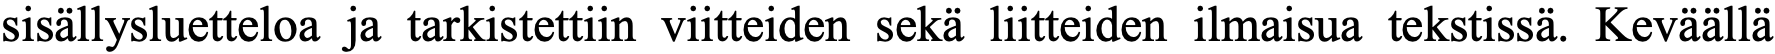
sisällysluetteloa ja tarkistettiin viitteiden sekä liitteiden ilmaisua tekstissä. Keväällä